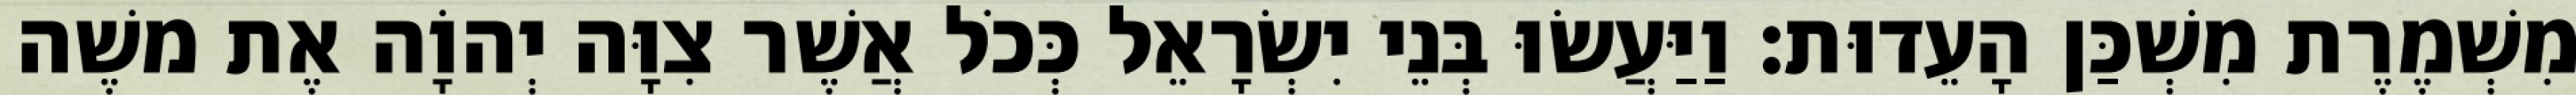
מִשְׁמֶרֶת מִשְׁכַּן הָעֵדוּת׃ וַיַּעֲשׂוּ בְּנֵי יִשְׂרָאֵל כְּכֹל אֲשֶׁר צִוָּה יְהוָֹה אֶת משֶׁה